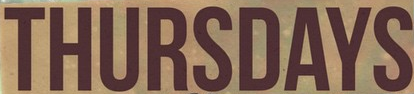
THURSDAYS